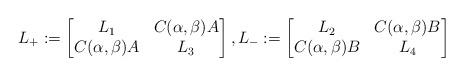
LaTeX: \begin{align*}L_+:=\begin{bmatrix}L_1 & C(\alpha,\beta)A \\C(\alpha,\beta)A & L_3\end{bmatrix}, L_-:=\begin{bmatrix}L_2 & C(\alpha,\beta)B \\C(\alpha,\beta)B & L_4\end{bmatrix}\end{align*}